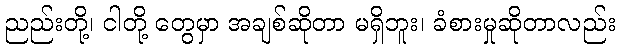
ညည်းတို့၊ ငါတို့ တွေမှာ အချစ်ဆိုတာ မရှိဘူး၊ ခံစားမှုဆိုတာလည်း